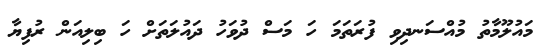
މައުލޫމާތު މުއްސަނދިވި ފުރަތަމަ ހަ މަސް ދުވަހު ދައުލަތަށް ހަ ބިލިއަން ރުފިޔާ